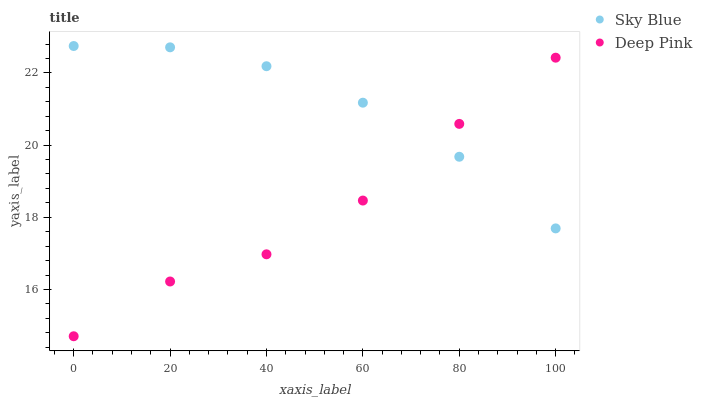
| xaxis_label | Sky Blue | Deep Pink |
 | --- | --- | --- |
 | 0 | 22.7 | 14.7 |
 | 20 | 22.7 | 16.2 |
 | 40 | 22.2 | 17 |
 | 60 | 21.2 | 18.5 |
 | 80 | 19.7 | 20.6 |
 | 100 | 17.7 | 22.4 |